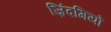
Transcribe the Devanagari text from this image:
ज़िंदगियों